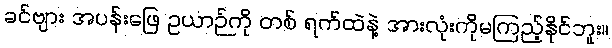
ခင်ဗျား အပန်းဖြေ ဥယာဉ်ကို တစ် ရက်ထဲနဲ့ အားလုံးကိုမကြည့်နိုင်ဘူး။